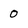
Character: 0